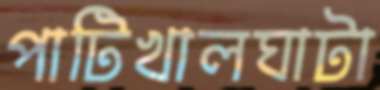
পাটিখালঘাটা